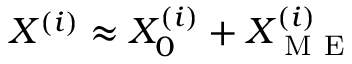
X ^ { ( i ) } \approx X _ { 0 } ^ { ( i ) } + X _ { \mathrm { ~ M ~ E ~ } } ^ { ( i ) }